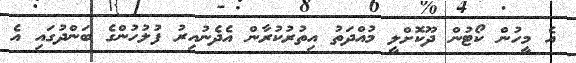
އެ މީހުން ކޯޓުން ދޫކޮށްލީ މުއްދަތު އިތުރުކުރާން އެދެނުއިރު ފުލުހުންގެ ބަންދުގައި އެ